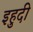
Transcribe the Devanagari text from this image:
इहुदी